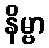
နိမ္ဗာ